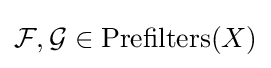
{\mathcal {F}},{\mathcal {G}}\in \operatorname {Prefilters} (X)